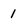
Character: 1